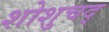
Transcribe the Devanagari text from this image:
शोशुचद्